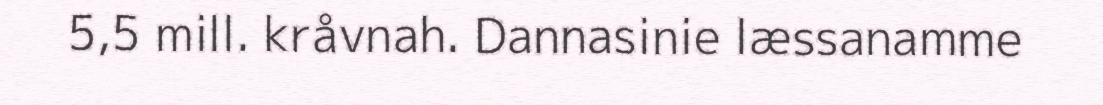
5,5 mill. kråvnah. Dannasinie læssanamme